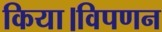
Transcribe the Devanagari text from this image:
किया।विपणन